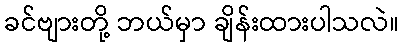
ခင်ဗျားတို့ ဘယ်မှာ ချိန်းထားပါသလဲ။